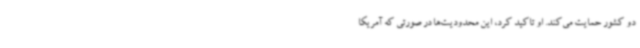
دو کشور حمایت می‌کند. او تاکید کرد، این محدودیت‌ها در صورتی که آمریکا